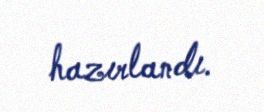
hazırlandı.